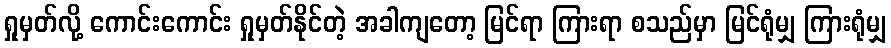
ရှုမှတ်လို့ ကောင်းကောင်း ရှုမှတ်နိုင်တဲ့ အခါကျတော့ မြင်ရာ ကြားရာ စသည်မှာ မြင်ရုံမျှ ကြားရုံမျှ